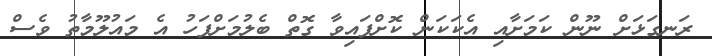
ރަނގަޅަށް ނޫން ކަމަށާއި އެކަކަން ކޮށްފައިވާ ގޮތް ބެލުމަށްފަހު އެ މައުލޫމާތު ވެސް